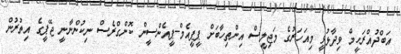
އަބްދުއްރަހީމް ވިދާޅުވީ މިއަހަރުގެ މަޖިލީސް އިންތިހާބަށް ޕީޕީއެމް-ޕީއެންސީން ކޮންގްރެސް ނިކުންނާނީ ޖޭޕީގެ އިތުރުން